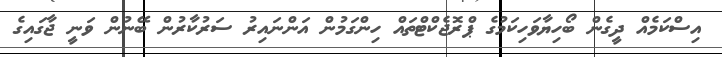
އިސްކަމެއް ދީގެން ބޯހިޔާވަހިކަމުގެ ޕްރޮޖެކްޓްތައް ހިންގަމުން އަންނައިރު ސަރުކާރުން ބޭނުން ވަނީ ޖާގައިގެ